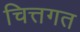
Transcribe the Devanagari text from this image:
चित्तगत